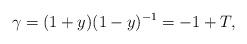
LaTeX: \begin{align*} \gamma=(1+y)(1-y)^{-1}=-1+T,\end{align*}